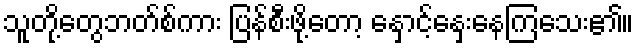
သူတို့တွေဘတ်စ်ကား ပြန်စီးဖို့တော့ နှောင့်နှေးနေကြသေး၏။